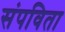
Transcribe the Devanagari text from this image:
संपविता